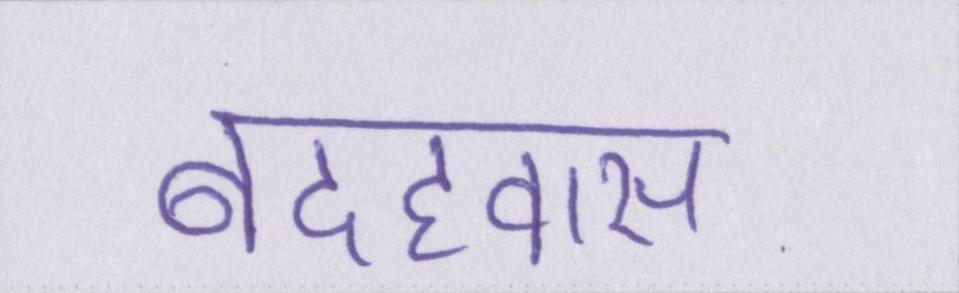
बदहवास